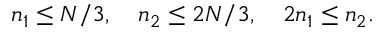
n _ { 1 } \le N / 3 , \quad n _ { 2 } \le 2 N / 3 , \quad 2 n _ { 1 } \le n _ { 2 } .